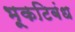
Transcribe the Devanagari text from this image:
भूकटिबंध